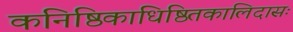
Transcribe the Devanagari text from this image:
कनिष्ठिकाधिष्ठितकालिदासः